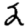
Digit: 2